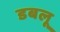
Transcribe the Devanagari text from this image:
डबलू